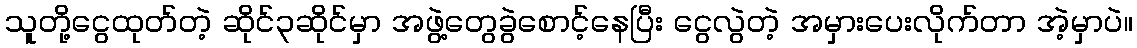
သူတို့ငွေထုတ်တဲ့ ဆိုင်၃ဆိုင်မှာ အဖွဲ့တွေခွဲစောင့်နေပြီး ငွေလွဲတဲ့ အမှားပေးလိုက်တာ အဲ့မှာပဲ။